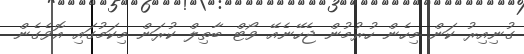
ގުނިއިރު ކަން މިހެން ހުރުމުން ޖެހޭނެއޭ ވޯޓް ބާތިލް ކުރަން މިކަމުގައި އޮވެގެން